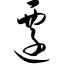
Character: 迁